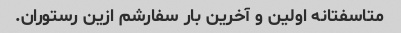
متاسفتانه اولین و آخرین بار سفارشم ازین رستوران.